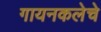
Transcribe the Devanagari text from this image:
गायनकलेचे